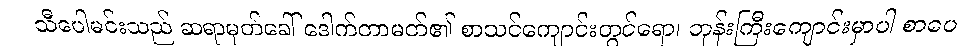
သီပေါမင်းသည် ဆရာမှတ်ခေါ် ဒေါက်တာမတ်၏ စာသင်ကျောင်းတွင်ရော၊ ဘုန်းကြီးကျောင်းမှာပါ စာပေ